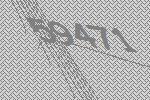
59471